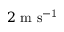
2 ~ \mathrm { m ~ s ^ { - 1 } }